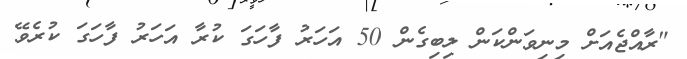
"ރާއްޖެއަށް މިނިވަންކަން ލިބިގެން 50 އަހަރު ފާހަގަ ކުރާ އަހަރު ފާހަގަ ކުރެވޭ